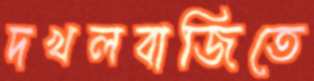
দখলবাজিতে